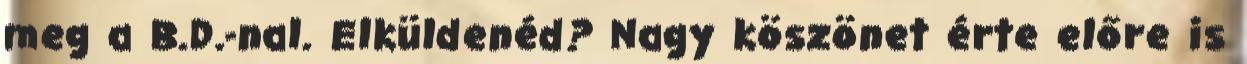
meg a B.D.-nal. Elküldenéd? Nagy köszönet érte előre is